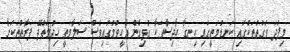
މިފަދަ ވަގުތުތަކުގައި ކަނޑުމަތީގައި ހިނގާ ހާދިސާތަކާ ގުޅިގެން އެހީވުމުގައިވެސް ސަލާމަތީ ޚިދުމަތްދޭ ފަރާތްތަކަށާ